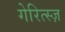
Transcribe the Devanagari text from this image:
गेरित्स्ज़